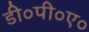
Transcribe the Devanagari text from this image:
डी०पी०ए०